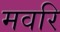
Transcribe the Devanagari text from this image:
मवरि